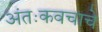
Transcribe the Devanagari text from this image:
अंतःकवचाचे